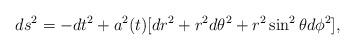
LaTeX: \begin{align*}ds^2=-dt^2+a^2(t)[dr^2+r^2 d\theta^2+r^2\sin^2\theta d\phi^2],\end{align*}